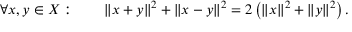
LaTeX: \forall x , y \in X : \qquad \| x + y \| ^ { 2 } + \| x - y \| ^ { 2 } = 2 \left( \| x \| ^ { 2 } + \| y \| ^ { 2 } \right) .